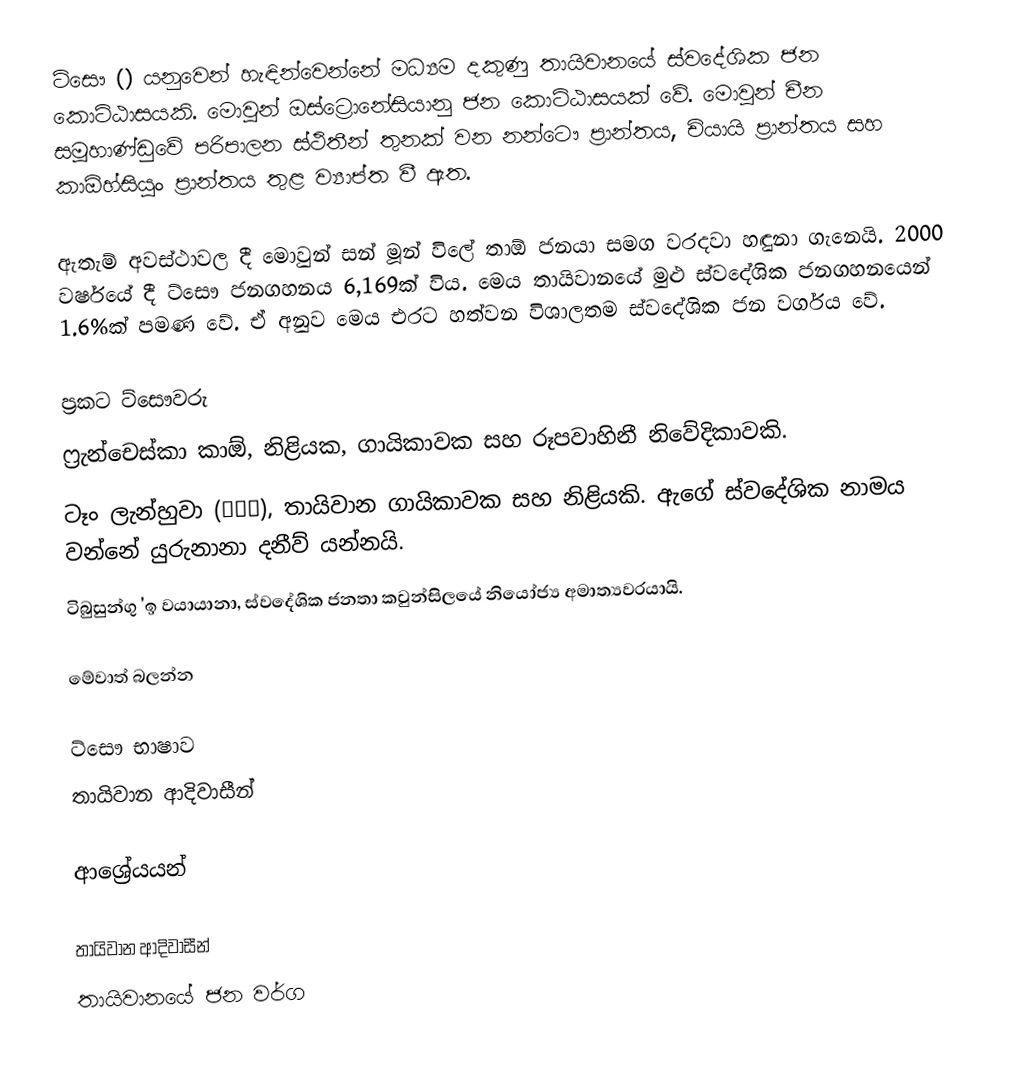
ට්සෞ () යනුවෙන් හැඳින්වෙන්නේ මධ්‍යම දකුණු තායිවානයේ ස්ව‍දේශික ජන කොට්ඨාසයකි. මොවුන් ඔස්ට්‍රොනේසියානු ජන කොට්ඨාසයක් වේ. මොවුන් චීන සමූහාණ්ඩුවේ පරිපාලන ස්ථිතීන් තුනක් වන නන්ටෞ ප්‍රාන්තය, චියායි ප්‍රාන්තය සහ කාඕහ්සියුං ප්‍රාන්තය තුළ ව්‍යාප්ත වී ඇත.

ඇතැම් අවස්ථාවල දී මොවුන් සන් මූන් විලේ තාඕ ජනයා සමග වරදවා හඳුනා‍ ගැනෙයි. 2000 වර්ෂයේ දී ට්සෞ ජනගහනය 6,169ක් විය. මෙය තායිවානයේ මුළු ස්වදේශික ජනගහනයෙන් 1.6%ක් පමණ වේ. ඒ අනුව මෙය එරට හත්වන විශාලතම ස්වදේශික ජන වර්ගය වේ.

ප්‍රකට ට්සෞවරු
 ‍ෆ්‍රැන්චෙස්කා කාඕ, නිළියක, ගායිකාවක සහ රූපවාහිනී නිවේදිකාවකි.
 ටෑං ලැන්හුවා (湯蘭花), තායිවාන ගායිකාවක සහ නිළියකි. ඇගේ ස්වදේශික නාමය වන්නේ යුරුනානා දනීව් යන්නයි.
 ටිබුසුන්ගු 'ඉ වයායානා, ස්වදේශික ජනතා කවුන්සිලයේ නියෝජ්‍ය අමාත්‍යවරයායි.

මේවාත් බලන්න

 ට්සෞ භාෂාව
 තායිවාන ආදිවාසීන්

ආශ්‍රේයයන්

තායිවාන ආදිවාසීන්
තායිවානයේ ජන වර්ග